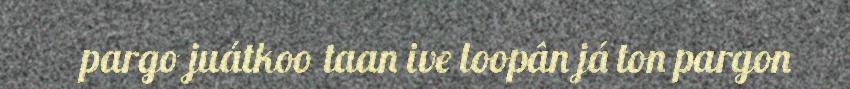
pargo juátkoo taan ive loopân já ton pargon